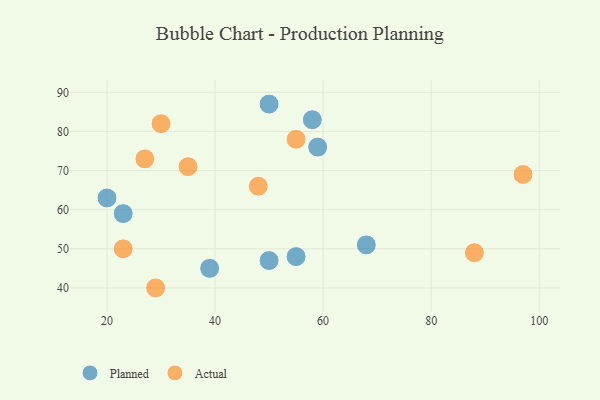
{"axis": {"x": "GDP", "y": "Life Expectancy"}, "legend": ["Actual", "Planned"], "data": [{"x": "23", "y": 59, "type": "Planned"}, {"x": "39", "y": 45, "type": "Planned"}, {"x": "58", "y": 83, "type": "Planned"}, {"x": "50", "y": 47, "type": "Planned"}, {"x": "55", "y": 48, "type": "Planned"}, {"x": "50", "y": 87, "type": "Planned"}, {"x": "59", "y": 76, "type": "Planned"}, {"x": "20", "y": 63, "type": "Planned"}, {"x": "68", "y": 51, "type": "Planned"}, {"x": "88", "y": 49, "type": "Actual"}, {"x": "97", "y": 69, "type": "Actual"}, {"x": "35", "y": 71, "type": "Actual"}, {"x": "27", "y": 73, "type": "Actual"}, {"x": "29", "y": 40, "type": "Actual"}, {"x": "55", "y": 78, "type": "Actual"}, {"x": "30", "y": 82, "type": "Actual"}, {"x": "48", "y": 66, "type": "Actual"}, {"x": "23", "y": 50, "type": "Actual"}]}